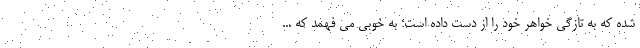
شده که به تازگی خواهر خود را از دست داده است؛ به خوبی می فهمد که ...